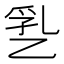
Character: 㐠